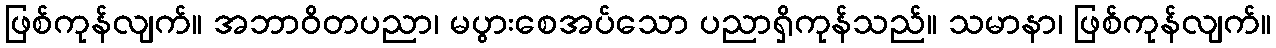
ဖြစ်ကုန်လျက်။ အဘာဝိတပညာ၊ မပွားစေအပ်သော ပညာရှိကုန်သည်။ သမာနာ၊ ဖြစ်ကုန်လျက်။